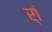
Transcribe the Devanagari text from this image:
र्‍ां